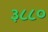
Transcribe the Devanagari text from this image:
३८८०